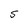
Character: S